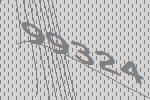
99324